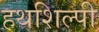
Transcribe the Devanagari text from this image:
हथशिल्पी